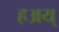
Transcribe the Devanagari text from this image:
हअय्